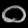
Digit: ၀